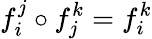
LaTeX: f_{i}^{j}\circ f_{j}^{k}=f_{i}^{k}